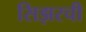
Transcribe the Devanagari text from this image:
सिझरची